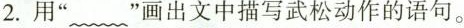
2.用“﹏”画出文中描写武松动作的语句。